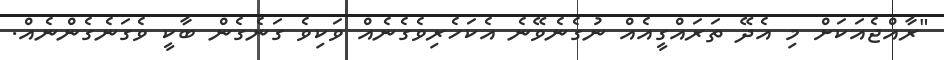
"ރާއްޖެއަކަށް މި އެދޭ ތަރައްގީއެއް ނުގެނެވޭނެ އެކަހެރިވެގެނެއް ވަކިވެ ގަނެގެން ބާކީ ވެގަނެގެންނެއް.